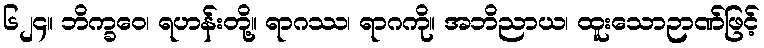
၆၂၄။ ဘိက္ခဝေ၊ ရဟန်းတို့။ ရာဂဿ၊ ရာဂကို။ အဘိညာယ၊ ထူးသောဉာဏ်ဖြင့်